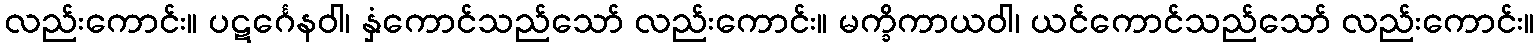
လည်းကောင်း။ ပဋင်္ဂေနဝါ၊ နှံကောင်သည်သော် လည်းကောင်း။ မက္ခိကာယဝါ၊ ယင်ကောင်သည်သော် လည်းကောင်း။